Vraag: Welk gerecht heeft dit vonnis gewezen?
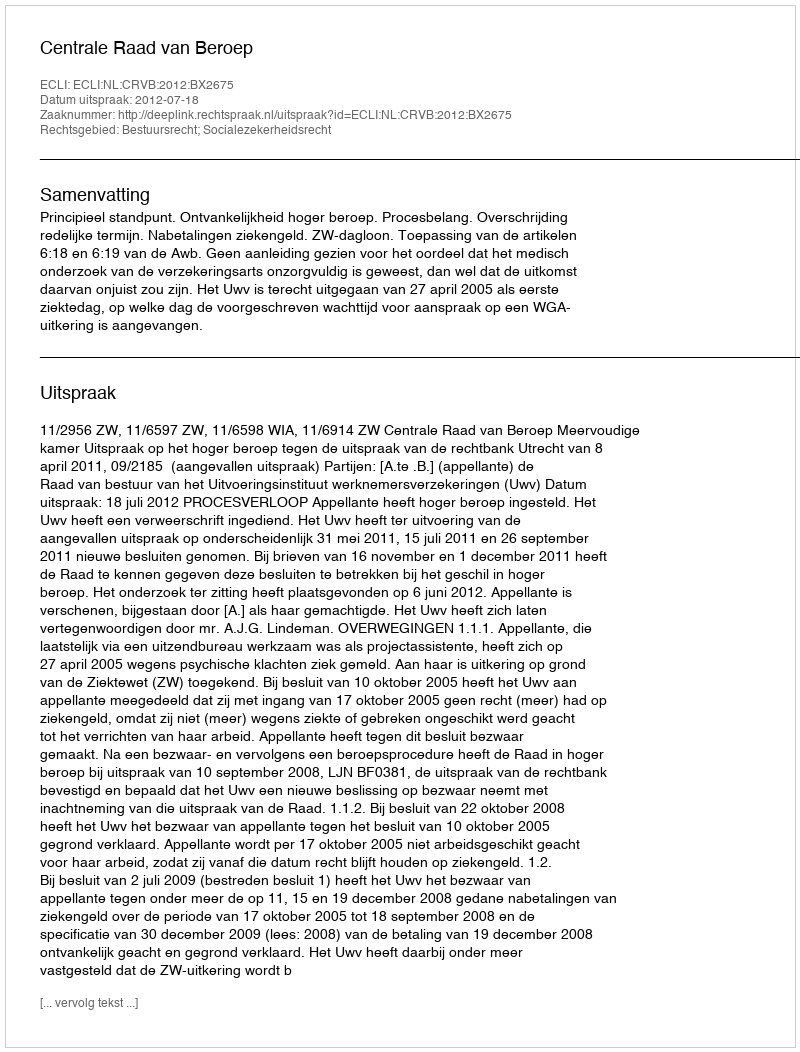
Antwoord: Centrale Raad van Beroep